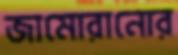
জামোরানোর